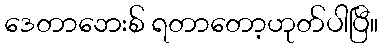
ဒေတာဘေးစ် ရတာတော့ဟုတ်ပါပြီ။